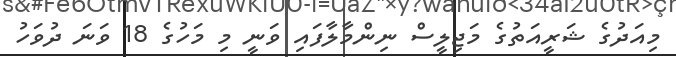
މިއަދުގެ ޝަރީއަތުގެ މަޖިލީސް ނިންމާލާފައި ވަނީ މި މަހުގެ 18 ވަނަ ދުވަހު